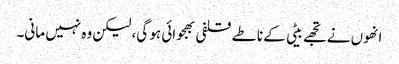
انھوں نے تجھے بیٹی کے ناطے قلفی بھجوائی ہو گی، لیکن وہ نہیں مانی۔